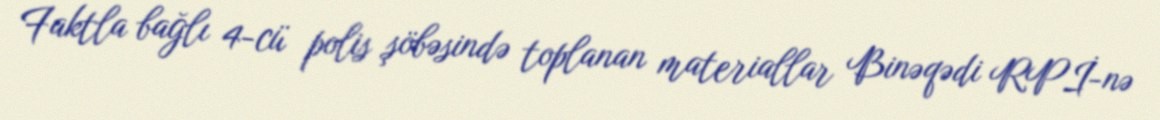
Faktla bağlı 4-cü polis şöbəsində toplanan materiallar Binəqədi RPİ-nə